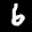
Label: 6